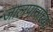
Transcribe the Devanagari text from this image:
जालपानाच्या